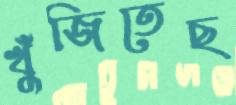
খুঁজিতেছ